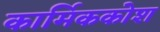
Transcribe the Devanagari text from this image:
कार्मिककोश